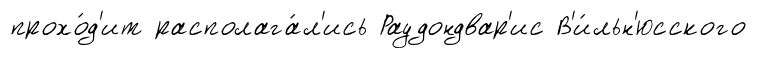
прохо́д'ит располага́л'ись Раудондвар'ис В'и́льн'юсского